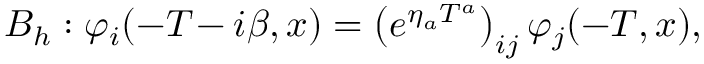
B _ { h } : \varphi _ { i } ( - T \! - i \beta , x ) = \left( e ^ { \eta _ { a } T ^ { a } } \right) _ { i j } \varphi _ { j } ( - T , x ) ,